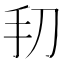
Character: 𫼔